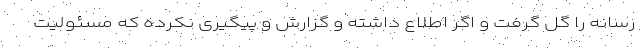
رسانه را گِل گرفت و اگر اطلاع داشته و گزارش و پیگیری نکرده که مسئولیت